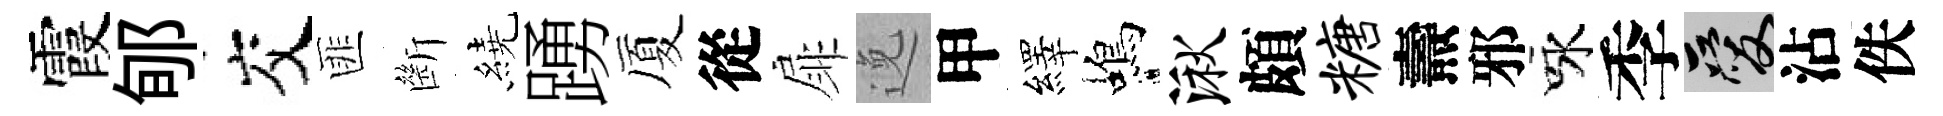
霞郇交匪㫁繞踴厦從扉𨓜甲繹蝎湫頗糖燾邪咏季爱沾佚